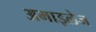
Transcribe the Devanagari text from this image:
अमाइलेज